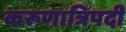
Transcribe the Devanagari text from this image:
करूणात्रिपदी